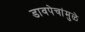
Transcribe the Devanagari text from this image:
डावपेचांमुळे